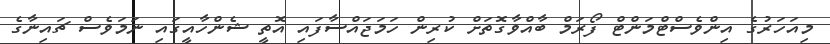
މިއަހަރުގެ އިންވެސްޓްމަންޓް ފޯރަމް ބާއްވާގޮތަށް ކުރިން ހަމަޖައްސާފައި އޮތީ ޝެންހާއީގައި ނަމަވެސް ޗައިނާގެ